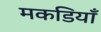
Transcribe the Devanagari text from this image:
मकडियाँ